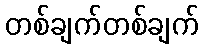
တစ်ချက်တစ်ချက်